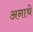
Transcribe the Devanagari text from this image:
अनाथे